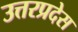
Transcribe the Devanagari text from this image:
उत्तरप्रदेस